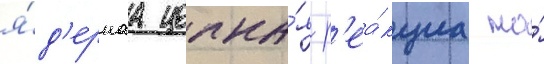
я́д'ернаа цепна́я р'еа́кциа на́